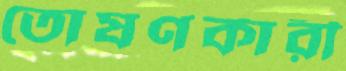
তোষণকারী